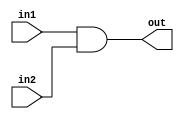
`timescale 1ns / 1ps
//////////////////////////////////////////////////////////////////////////////////
// Company: 
// Engineer: 
// 
// Design Name: 
// Module Name: AND_D
// Project Name: 
// Target Devices: 
// Tool Versions: 
// Description: 
// 
// Dependencies: 
// 
// Revision:
// Revision 0.01 - File Created
// Additional Comments:
// 
//////////////////////////////////////////////////////////////////////////////////

`timescale 1ns / 1ns
//////////////////////////////////////////////////////////////////////////////////
// Company: 
// Engineer: 
// 
// Design Name: 
// Module Name:    AND_T 
// Project Name: 
// Target Devices: 
// Tool versions: 
// Description: 
//
// Dependencies: 
//
// Revision: 
// Revision 0.01 - File Created
// Additional Comments: 
//
//////////////////////////////////////////////////////////////////////////////////
`define	D		1	// definition of the delay

// Delayed AND gate

module AND_D(out, in1, in2);

input in1, in2;
output out;

and		#`D		and1(out, in1, in2);


endmodule